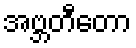
အဗ္ဘတီတော